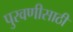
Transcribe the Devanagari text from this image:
पुरवणीसाठी